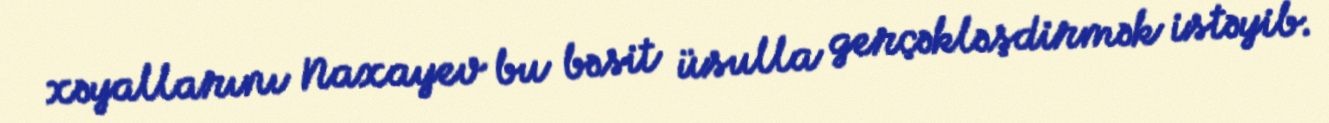
xəyallarını Naxayev bu bəsit üsulla gerçəkləşdirmək istəyib.